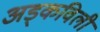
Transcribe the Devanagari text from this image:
अड्कविली